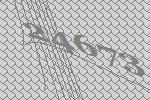
24673